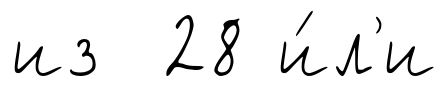
из 28 и́л'и